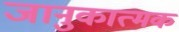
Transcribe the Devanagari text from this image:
जानुकात्मक